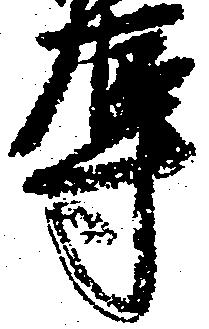
辱